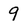
Character: 9